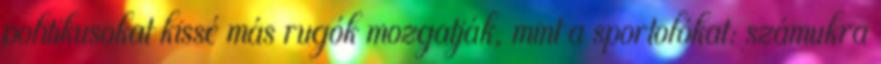
politikusokat kissé más rugók mozgatják, mint a sportolókat: számukra